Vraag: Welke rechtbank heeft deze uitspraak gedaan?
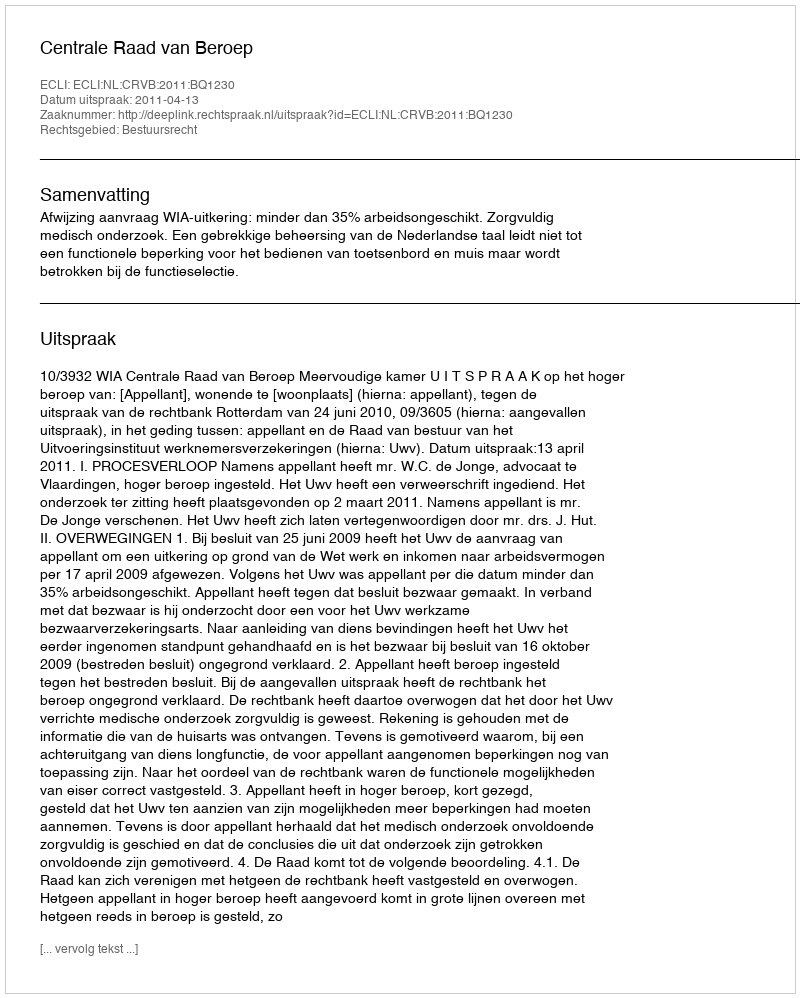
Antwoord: Centrale Raad van Beroep